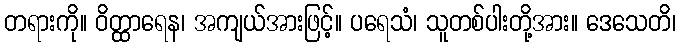
တရားကို။ ဝိတ္ထာရေန၊ အကျယ်အားဖြင့်။ ပရေသံ၊ သူတစ်ပါးတို့အား။ ဒေသေတိ၊